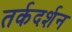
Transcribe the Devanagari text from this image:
तर्कदर्शन